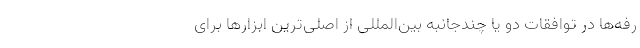
رفه‌ها در توافقات دو یا چندجانبه بین‌المللی از اصلی‌ترین ابزارها برای